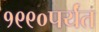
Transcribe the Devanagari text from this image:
१९९०पर्यंत